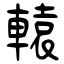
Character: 轅